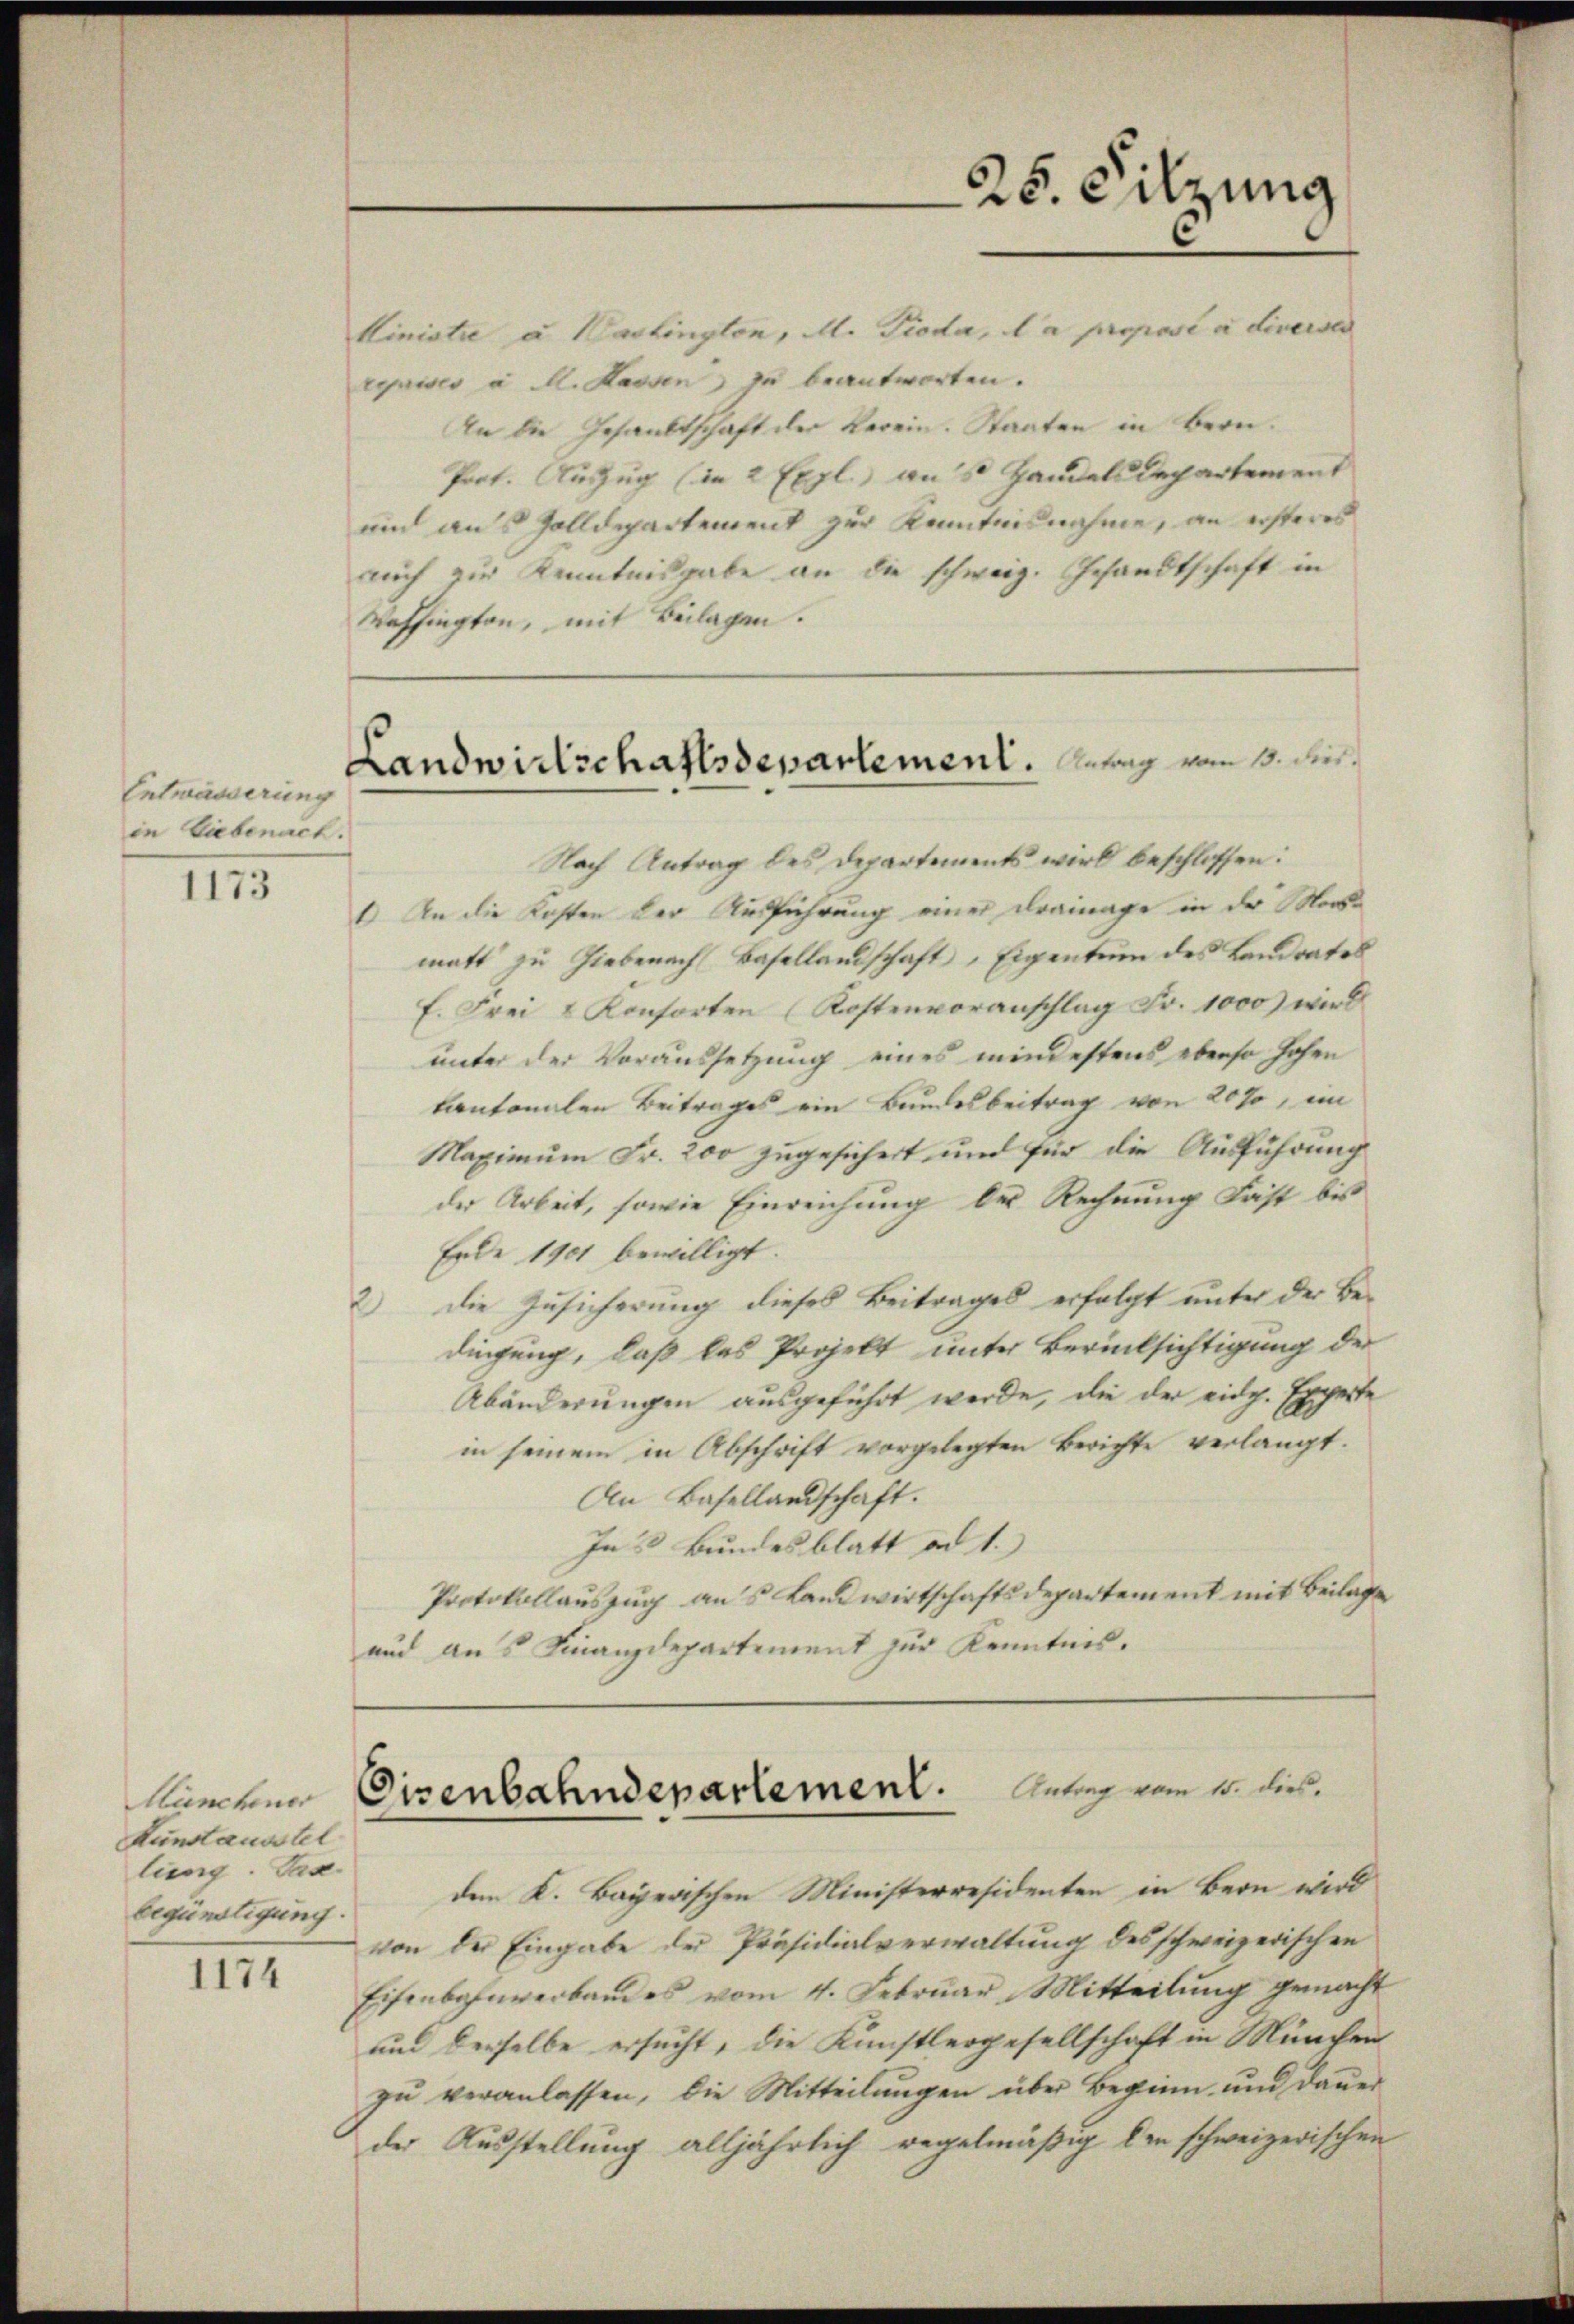
Entwässerung
in Liebenach.

1173

Kunchener
Kunstausstel
lung. Das
begünstigung.

1174

Ministre u. Haslington, M. Pioda, la proposi a diverses
rouises a M. Kassen, zu beantworten.
An die Gesandtschaft der Verein. Staaten in Bern.
Prot. Auszug (in 2 Expl. aus Handels Departement
ui aus Zolldepartement zur Kenntnisnahme, an ersteres
auch zur Kenntnisgabe an die schweiz. Gesandtschaft in
Baffington, mit Beilagen.

25. Sitzung

Landwirtschaftsdepartement. Antrag vom 13. Der

Nach Antrag des Departements wird beschlossen:
1) An die Kosten der Ausführung einer Drainage in der Mormatt zu Hiebenach Basellandschaft „Eigentum des Landrates
f. Frei & Konsorten (Kostenvoranschlag Fr. 1000) wird
unter der Voraussetzung eines mindestens ebenso hohen
kantonalen Beitrages ein Bundesbeitrag von 20%, im
Maximum Fr. 200 zugesichert und für die Ausführung
der Arbeit, sowie Einreichung der Rechnung Frist bis
Erde 1901 bewilligt.
2) Die Zusicherung dieses Beitrages erfolgt unter der Be-
dingung, daß das Projekt unter Berücksichtigung der
Abänderungen ausgeführt werde, die der eidg. Experte
in seinem in Abschrift vorgelegten Berichte verlangt.
An Basellandschaft.
Ins Bundesblatt ad 1.)
Protokollauszug aus Landwirtschaftsdepartement mit Beilage
und aus Finanzdepartement zur Kenntnis.

Eisenbahndepartement. Antrag vom 10. Dis

dem K. Bayerischen Ministerresidenten in Bern wird
von der Eingabe der Präsidialverwaltung des schweizerischen
Eisenbahnverbandes vom 4. Februar Mitteilŭng gemacht
und derselbe ersucht, die Künstlergesellschaft in München
zŭ veranlassen, die Mitteilŭngen über Beginn und daŭer
der Ausstellung alljährlich regelmäßig den schweizerischen